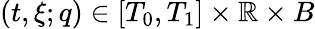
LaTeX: (t,\xi;q)\in[T_{0},T_{1}]\times\mathbb{R}\times B